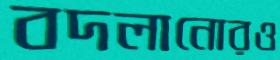
বদলানোরও